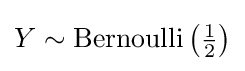
{\textstyle Y\sim \mathrm {Bernoulli} \left({\frac {1}{2}}\right)}